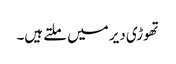
تھوڑی دیر میں ملتے ہیں۔